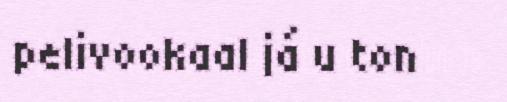
pelivookaal já u ton